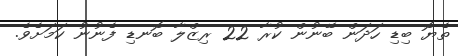
ތެޔޮ ބިޑި ހަދަން ބޭނުން ކުރާ 22 ރިޒްލާ ބޮނޑި ފެނުނު ކަމަށެވެ.